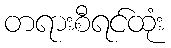
တရားစီရင်ထုံး